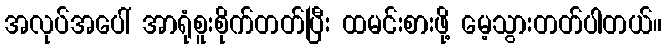
အလုပ်အပေါ် အာရုံစူးစိုက်တတ်ပြီး ထမင်းစားဖို့ မေ့သွားတတ်ပါတယ်။